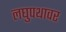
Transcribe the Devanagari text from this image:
लघुपथावर